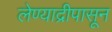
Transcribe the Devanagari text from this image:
लेण्याद्रीपासून